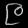
Digit: ၉